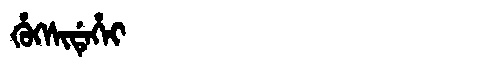
Manchu: ᡥᡠᡴᠰᡳᡩᡝᡥᡝᡳ
Romanization: HUKSIDEHEI